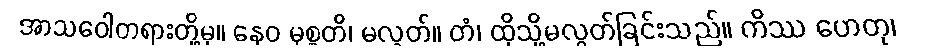
အာသဝေါတရားတို့မှ။ နေဝ မုစ္စတိ၊ မလွတ်။ တံ၊ ထိုသို့မလွတ်ခြင်းသည်။ ကိဿ ဟေတု၊